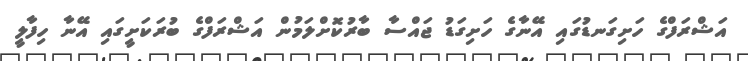
އަޝްރަފްގެ ހަށިގަނޑުގައި އޭނާގެ ހަށިގަޑު ޖައްސާ ބާރުކޮށްލަމުން އަޝްރަފްގެ ބުރަކަށީގައި އޭނާ ހިފާލީ